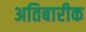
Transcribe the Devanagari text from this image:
अतिबारीक